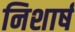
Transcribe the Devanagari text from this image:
निशार्ष